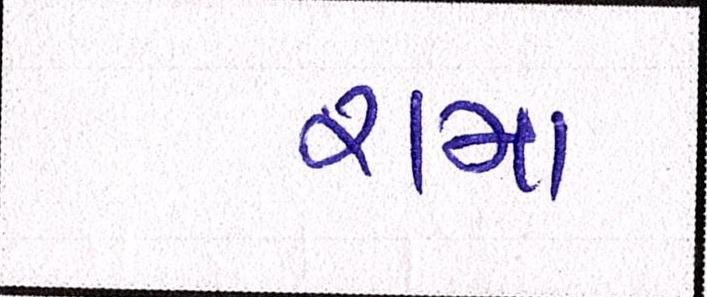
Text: રામા